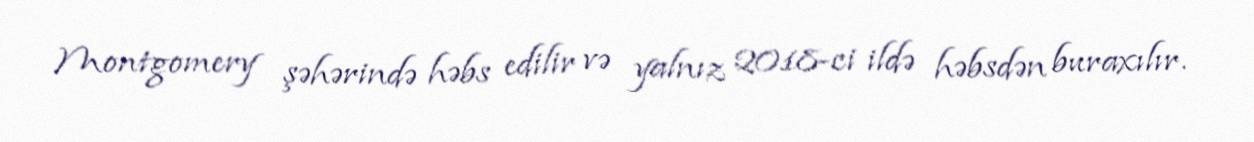
Montgomery şəhərində həbs edilir və yalnız 2018-ci ildə həbsdən buraxılır.